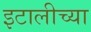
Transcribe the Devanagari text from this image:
इटालीच्या